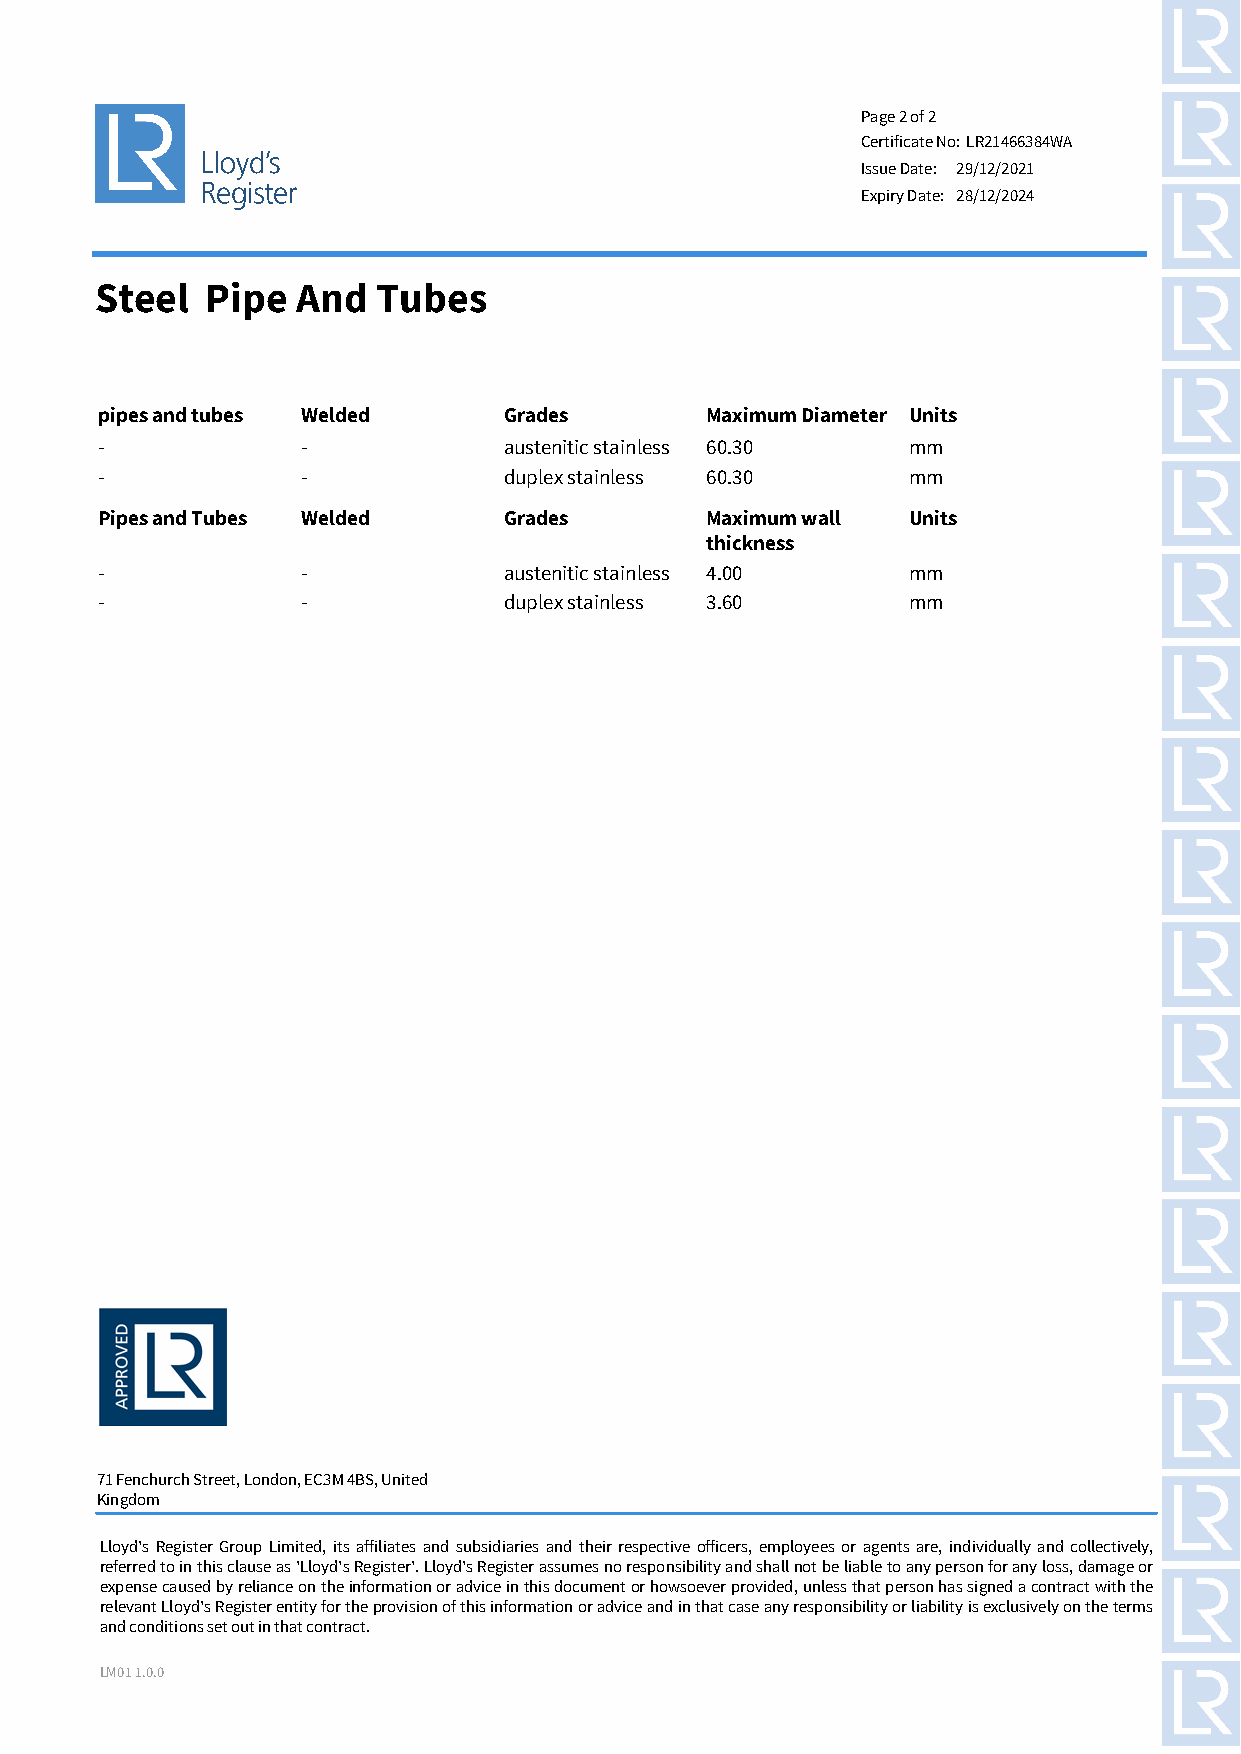
Page 2 of 2
 Certificate No: LR21466384WA
 Issue Date: 29/12/2021
 Expiry Date: 28/12/2024
 Steel   Pipe  And  Tubes
 pipes and tubes Welded    Grades        Maximum Diameter Units
 -            -            austenitic stainless 60.30 mm
 -            -            duplex stainless 60.30     mm
 Pipes and Tubes Welded    Grades        Maximum wall Units
 thickness
 -            -            austenitic stainless 4.00  mm
 -            -            duplex stainless 3.60      mm
 71 Fenchurch Street, London, EC3M 4BS, United
 Kingdom
 Lloyd's Register Group Limited, its affiliates and subsidiaries and their respective officers, employees or agents are, individually and collectively,
 referred to in this clause as 'Lloyd's Register'. Lloyd's Register assumes no responsibility and shall not be liable to any person for any loss, damage or
 expense caused by reliance on the information or advice in this document or howsoever provided, unless that person has signed a contract with the
 relevant Lloyd's Register entity for the provision of this information or advice and in that case any responsibility or liability is exclusively on the terms
 and conditions set out in that contract.
 LM01 1.0.0